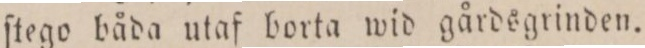
ſtego båda utaf borta wid gårdsgrinden.